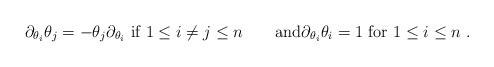
LaTeX: \begin{align*}\partial_{\theta_i} \theta_j=-\theta_j \partial_{\theta_i}\hbox{ if } 1 \leq i \neq j \leq n\qquad\hbox{and}\partial_{\theta_i} \theta_i = 1\hbox{ for }1 \leq i \leq n~.\end{align*}